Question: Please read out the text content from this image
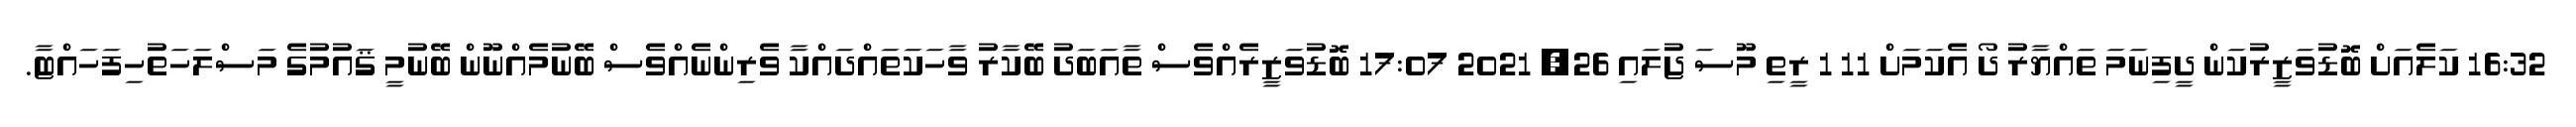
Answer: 16:32 ކަލެއަށް ބޮޑުވަޒީރުކަން ދީފިނަމަ ތައްޔާރު ދޯ އެކަމަށް 11 1 ރީތި މޫސަ ޖުލައި 26, 2021 17:07 ބޮޑުވަޒީރެއްވެސް ތާއަބަދު ބޭކާރު ވާހަކަތައްދައްކާ ވެރިންނެއްވެސް ބޭނުމެއްނޫން ބޭނުމީ ޤައުމުގެ މަސްލަހަތުހިފަހައްޓާ.